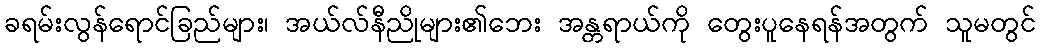
ခရမ်းလွန်ရောင်ခြည်များ၊ အယ်လ်နီညိုများ၏ဘေး အန္တရာယ်ကို တွေးပူနေရန်အတွက် သူမတွင်